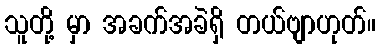
သူတို့ မှာ အခက်အခဲရှိ တယ်ဗျာဟုတ်။